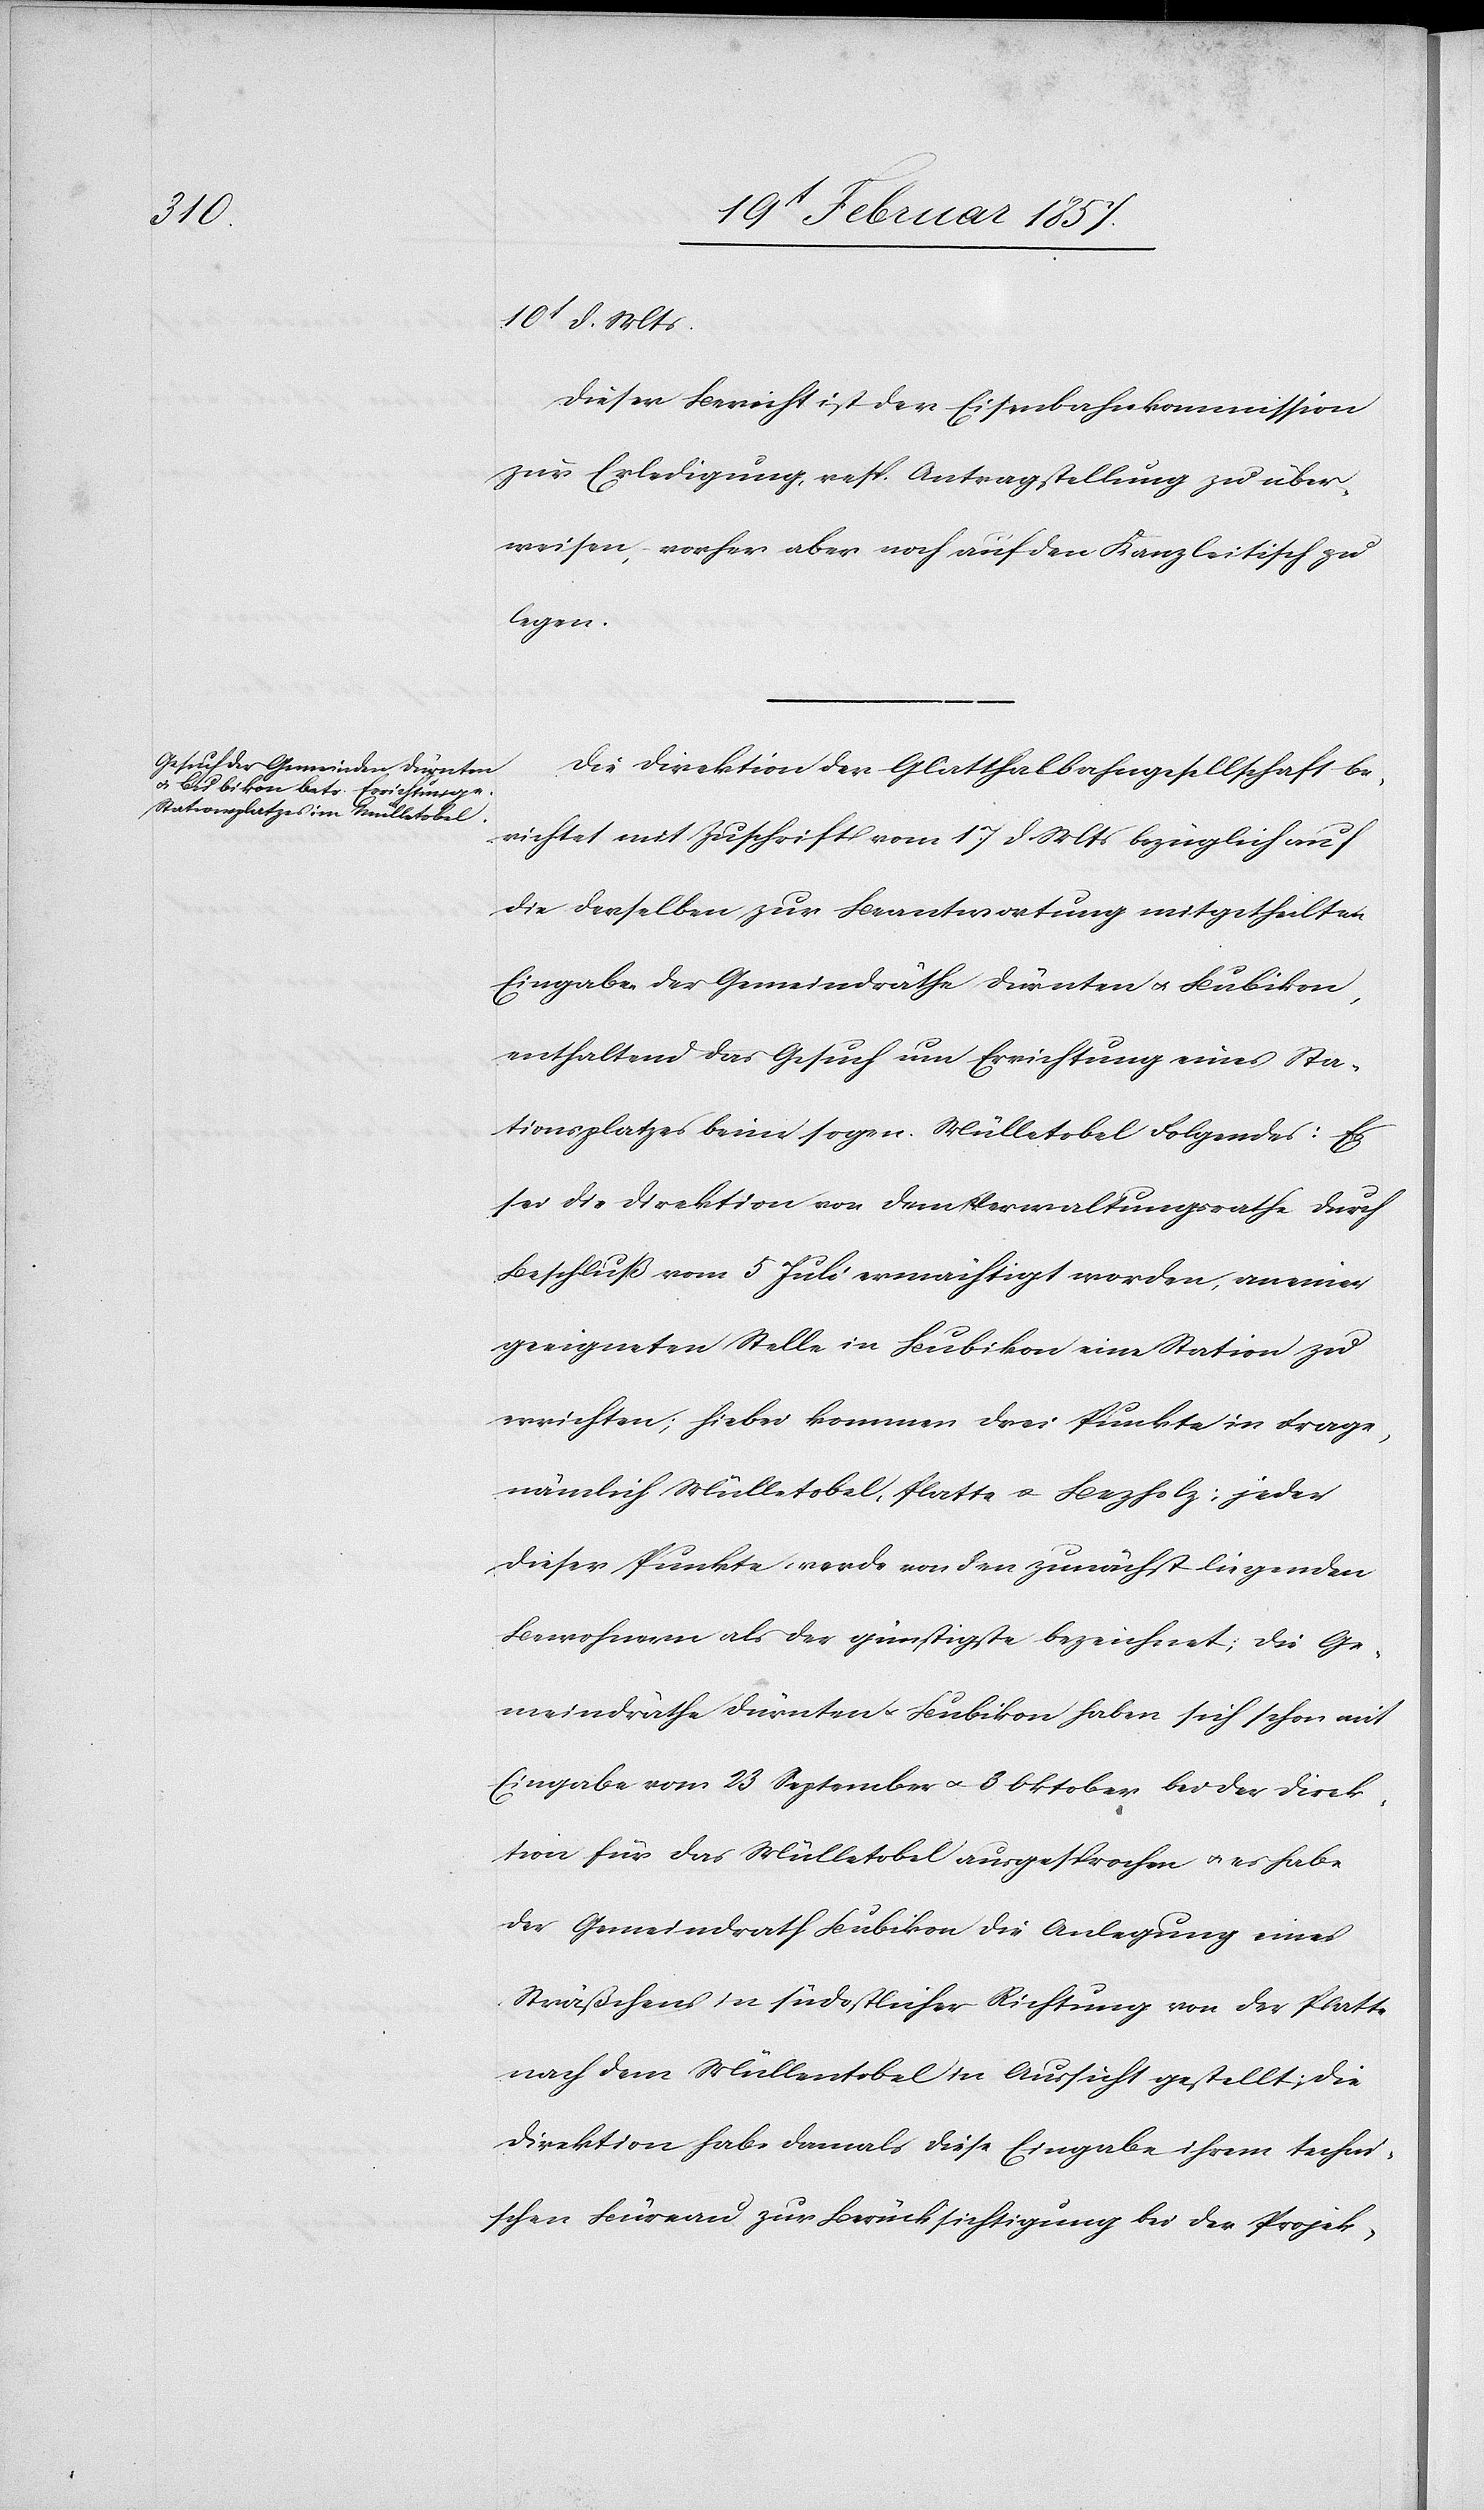
10t d. Mts.
Dieser Bericht ist der Eisenbahnkommission
zur Erledigung, resp. Antragstellung zu über¬
weisen, vorher aber noch auf den Kanzleitisch zu
legen.
Die Direktion der Glatthalbahngesellschaft be¬
richtet mit Zuschrift vom 17 d. Mts bezüglich auf
die derselben zur Beantwortung mitgetheilten
Eingabe der Gemeindräthe Dürnten u. Bubikon,
enthaltend das Gesuch um Errichtung eines Sta¬
tionsplatzes beim sogen. Mülletobel Folgendes: Es
sei die Direktion von dem Verwaltungsrathe durch
Beschluß vom 5 Juli ermächtigt worden, an einer
geeigneten Stelle in Bubikon eine Station zu
errichten; hiebei kommen drei Punkte in Frage,
nämlich Mülletobel, Platte u. Bezholz; jeder
dieser Punkte werde von den zunächst liegenden
Bewohnern als der günstigste bezeichnet; die Ge¬
meindräthe Dürnten u. Bubikon haben sich schon mit
Eingabe vom 23 September u. 3 Oktober bei der Direk¬
tion für das Mülletobel ausgesprochen u. es habe
der Gemeindrath Bubikon die Anlegung eines
Sträßchens in südostlicher Richtung von der Platte
nach dem Müllentobel in Aussicht gestellt; die
Direktion habe damals diese Eingabe ihrem techni¬
schen Büreau zur Berücksichtigung bei der Projek-